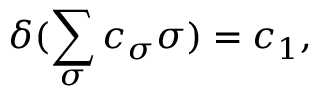
\delta ( \sum _ { \sigma } c _ { \sigma } \sigma ) = c _ { 1 } ,